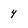
Character: 4